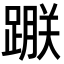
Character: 𨃵